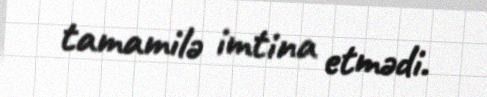
tamamilə imtina etmədi.